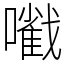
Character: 㘍